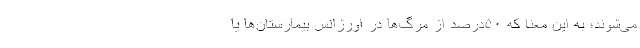
می‌شوند؛ به این معنا که ۵۰درصد از مرگ‌ها در اورژانس بیمارستان‌ها یا